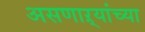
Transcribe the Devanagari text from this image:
असणाऱ्यांच्या